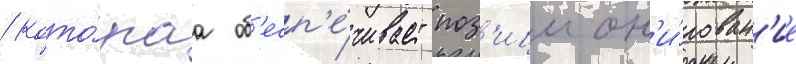
/ кото́раа об'есп'е́чивает поз'ицион'и́рован'ие